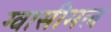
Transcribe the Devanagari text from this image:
ग्वासीमल